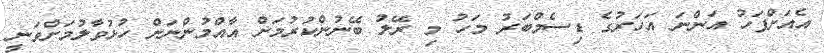
އެއަށްފަހު އަންނަ އަހަރުގެ ޑިސެމްބަރު މަހު މި ރޭލު ބޭނުންކުރުމަށް އާއްމުންނަށް ހުޅުވާލުމަށްވަނީ